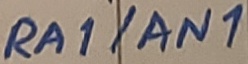
Text: RA1/AN1